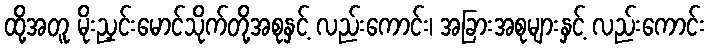
ထို့အတူ မိုးညှင်းမောင်သိုက်တို့အစုနှင့် လည်းကောင်း၊ အခြားအစုများနှင့် လည်းကောင်း